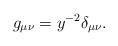
LaTeX: \begin{align*}g_{\mu\nu}=y^{-2}\delta_{\mu\nu}.\end{align*}